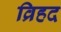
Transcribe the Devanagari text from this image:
व्रिहद